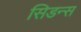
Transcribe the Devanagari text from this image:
सिडन्स